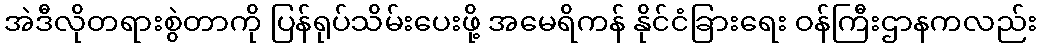
အဲဒီလိုတရားစွဲတာကို ပြန်ရုပ်သိမ်းပေးဖို့ အမေရိကန် နိုင်ငံခြားရေး ဝန်ကြီးဌာနကလည်း